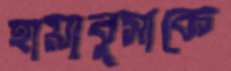
হায়াবুসাকে